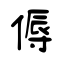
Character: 傉